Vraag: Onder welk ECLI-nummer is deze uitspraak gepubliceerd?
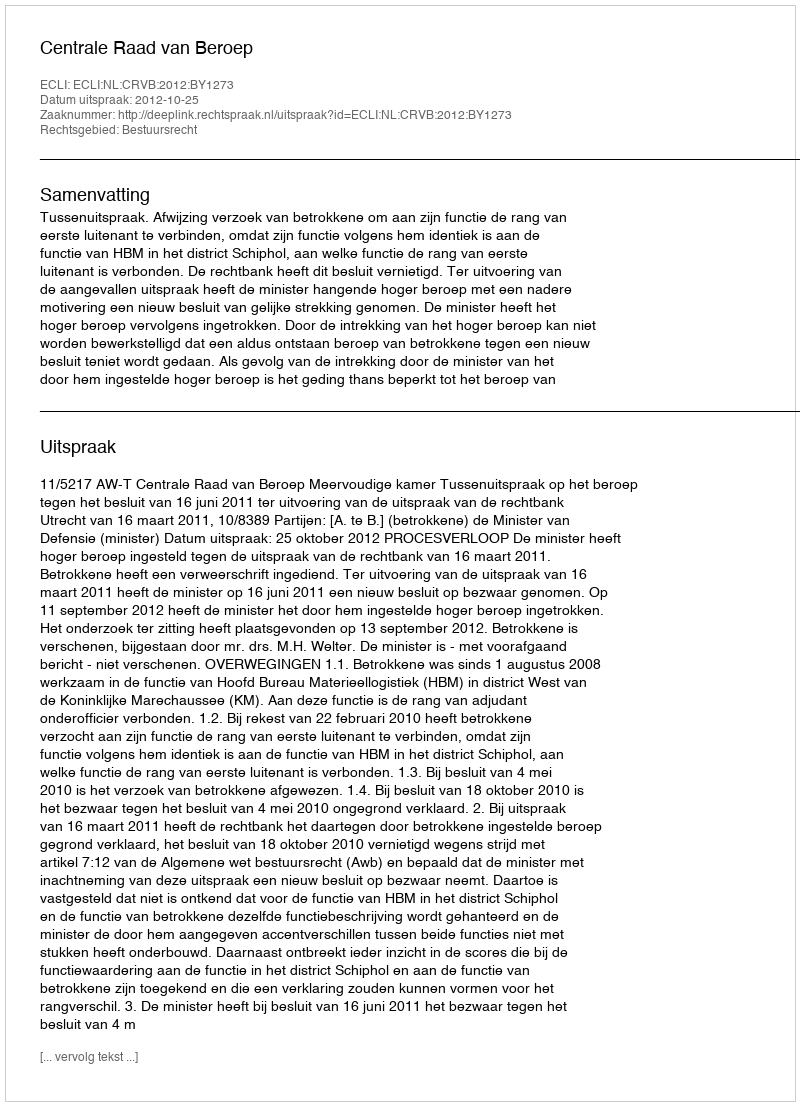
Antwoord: ECLI:NL:CRVB:2012:BY1273